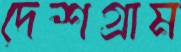
দেশগ্রাম